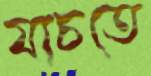
যাচতে